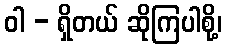
ဝါ - ရှိတယ် ဆိုကြပါစို့၊